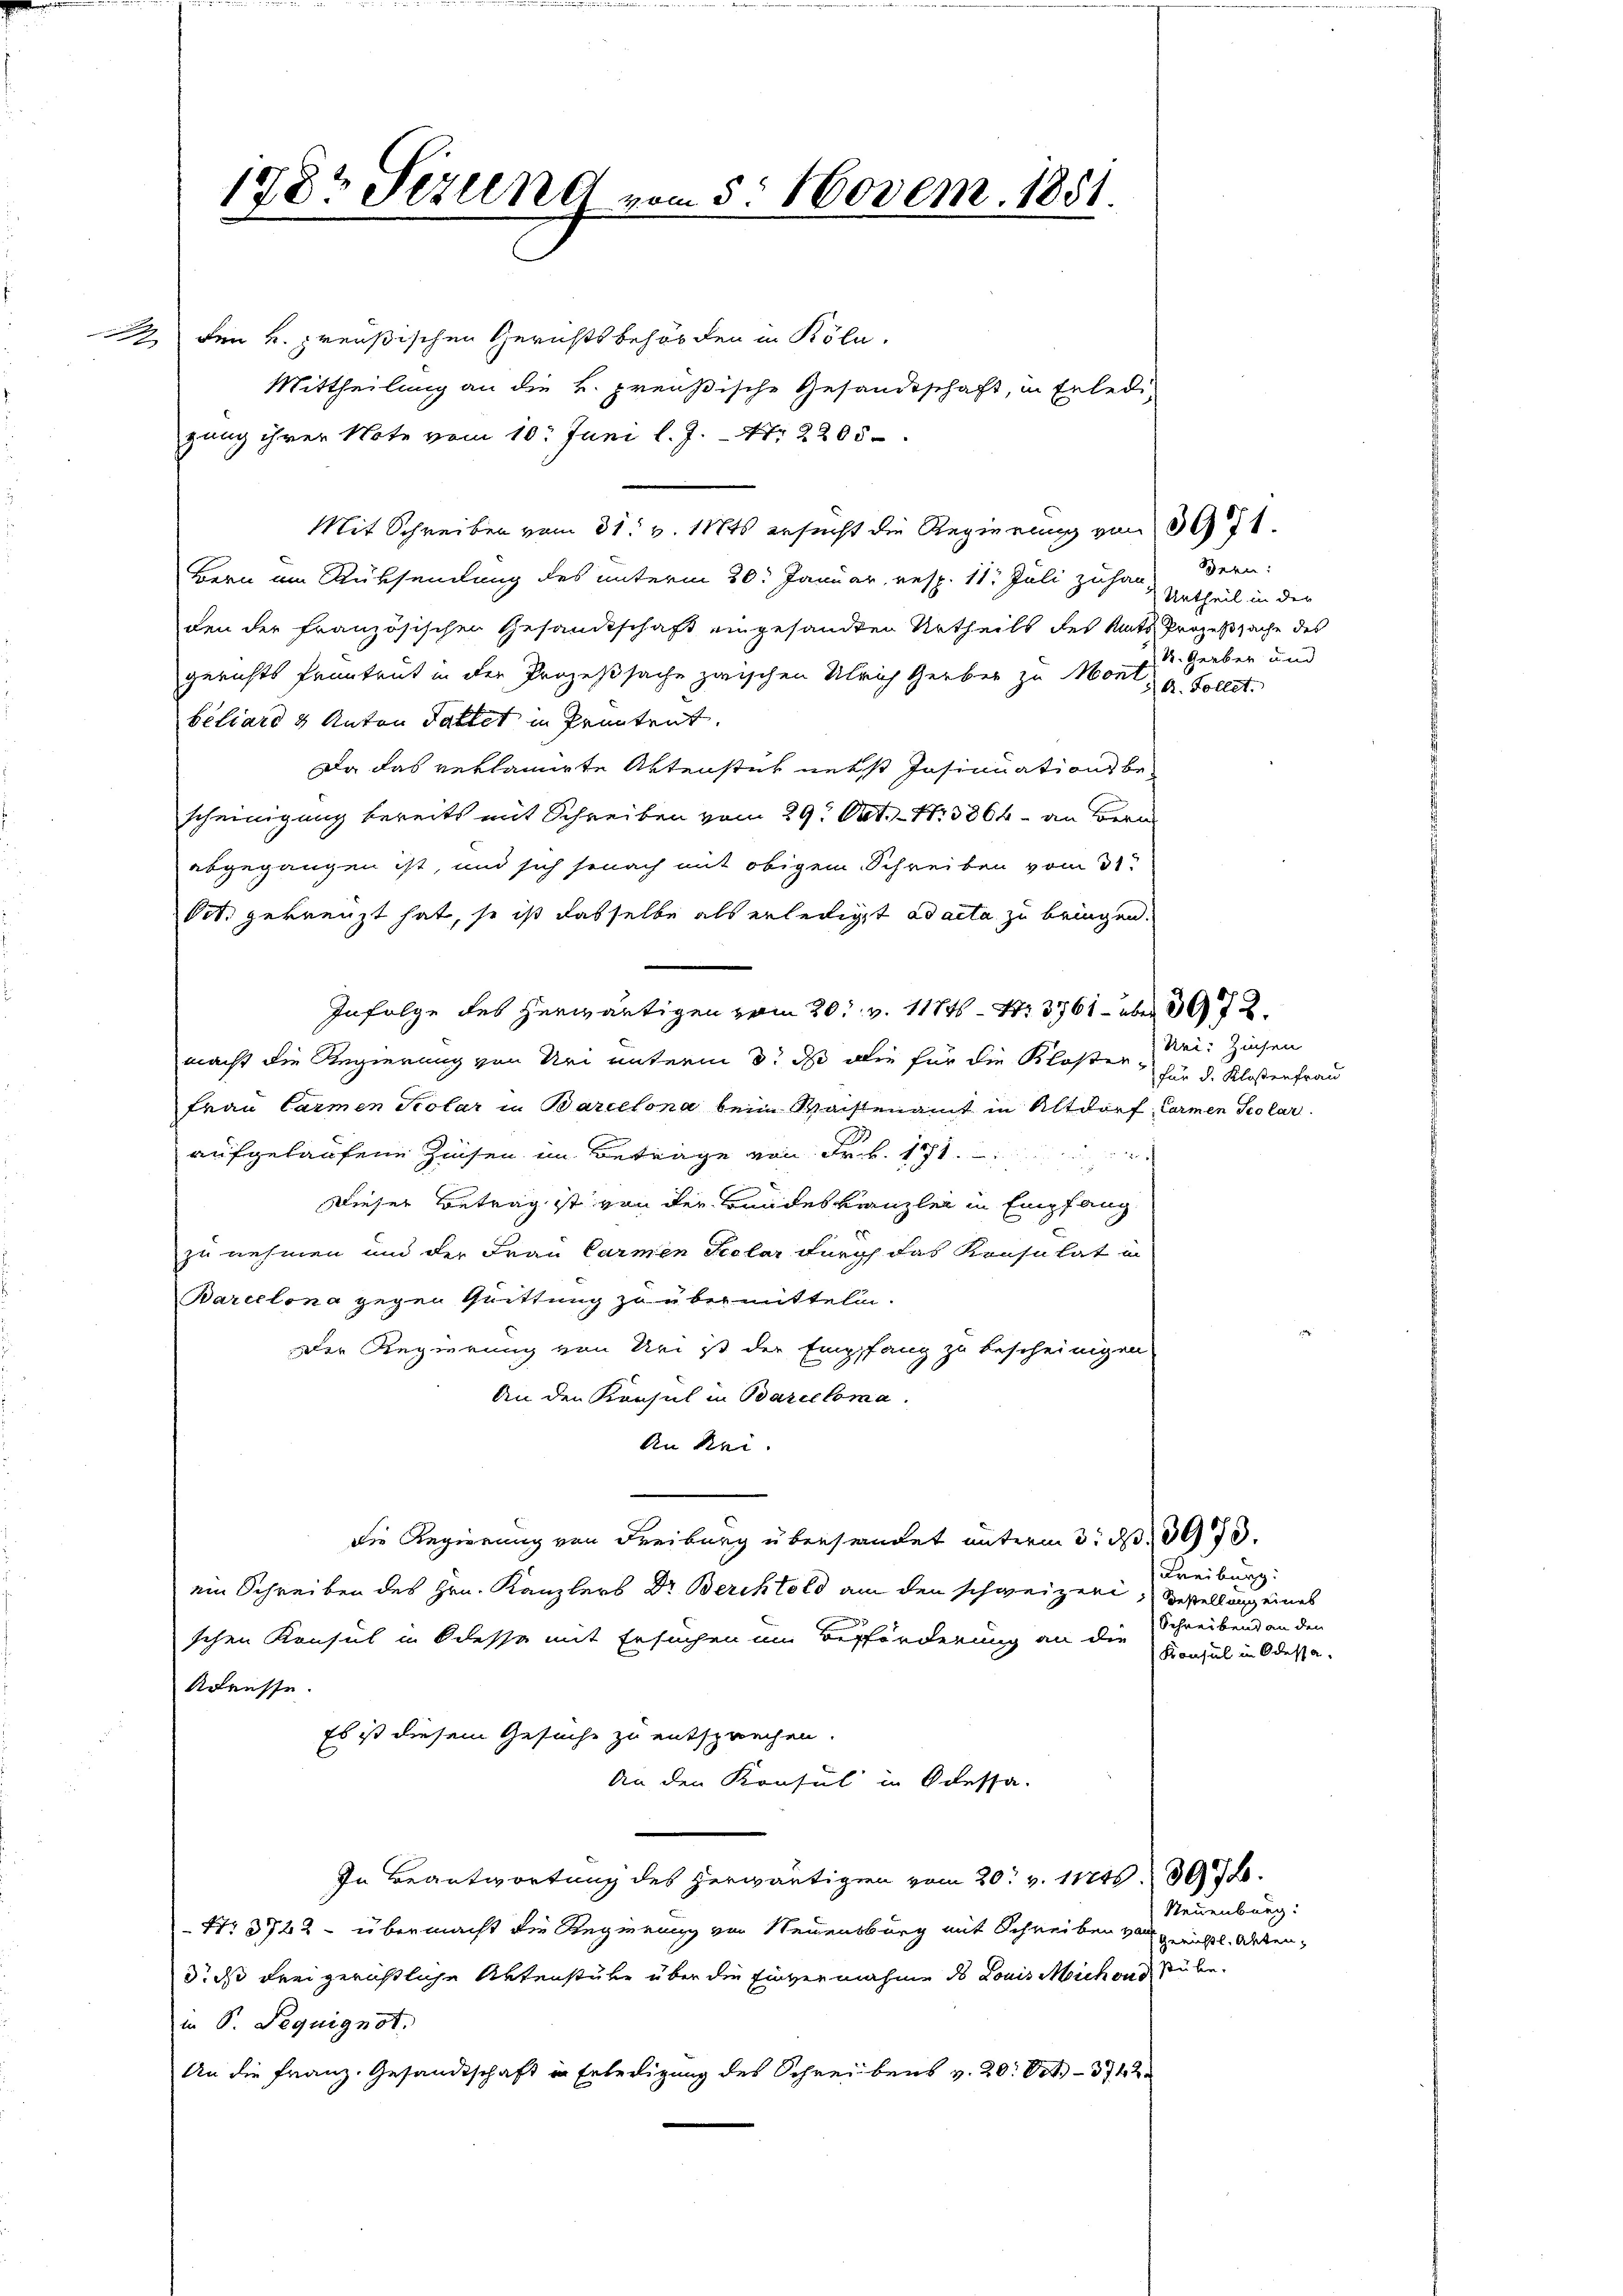
1783 Sezung vom 5. Novem. 1851.

den k. preußischen Gerichtsbehörden in Köln.
Mittheilung an die k. preußische Gesandtschaft, in Erledigang ihrer Note vom 10. Juni l. J. Nr. 2205
Mit Schreiben vom 31. v. 1884 ersucht die Regierung von 307.
Bern im Rüksamlung des unterm 20. Januar, resp. 11. Juli zuhan-
den der französischen Gesandtschaft eingesandten Urtheils des Amts Prozeßsache des
gerichts Pruntrut in der Prozeßsache zwischen Ulrich Gerber zu Mont, a. Sollet.
béliard & Anton Dattet in Prentent.
Da das reklamirte Aktenstich nebst Insinuations bescheinigung bereits mit Schreiben vom 29. Okt. - N. 3864 - an Bern
abgegangen ist, und sich sonach mit obigem Schreiben vom 31.
Oct. gekreuzt hat, so ist dasselbe als erledigt ad acta zu bringen.
Infolge des herwärtigen vom 20. v. 1174. No. 3761 - über 3072.
macht die Regierung von Uri unterm 8. de die für die Kloster¬
Frau Carmen Solar in Barcelona beim Waisenamt in Altdorf, Carmen Scolar
aufgelaufene Zinsen im Betrage von Frk. 171.
Dieser Betrag ist von der Bundeskanzlei in Empfang
e
zu nehmen und der Frau Carmen Seelar durch das Konsulat in
Barcelona gegen Quittung zu übermittelm.
Der Regierung von Uri ist der Emppfang zu bescheinigen
An den Konsul in Barceloma
An Rei
die Regierung von Freiburg überhandet unterm 3. d. 1093.
ein Schreiben des Hrn. Kanzlers Dr Berchtold am den schweizen, Bestellung eines
schen Konsul in Odessa mit Ersuchen im Beförderung an die
Adresse.
Es ist diesem Gesuche zu entsprechen.
An den Konsul in Odessa.
In Beantwortung des herwärtigen vom 20. v. 11246. 338.
Nr 3722 - übermacht die Regierung von Neuensburg mit Schreiben vo
d das Freigerichtliche Aktenstube über die Einvernahme des Louis Michend stube.
in S. Pequignot.
An die Franz. Gesandtschaft in Erledigung des Schreibens v. 20. Oct. 3742

Bern:
) Urtheil in der
k. Gerber und

Rei: Zinsen
für d. Klosenfrau

Freiburg.
Schreibend an den
Konsul in Odessa.

Neuenburg:
Gerichtl. Akten.